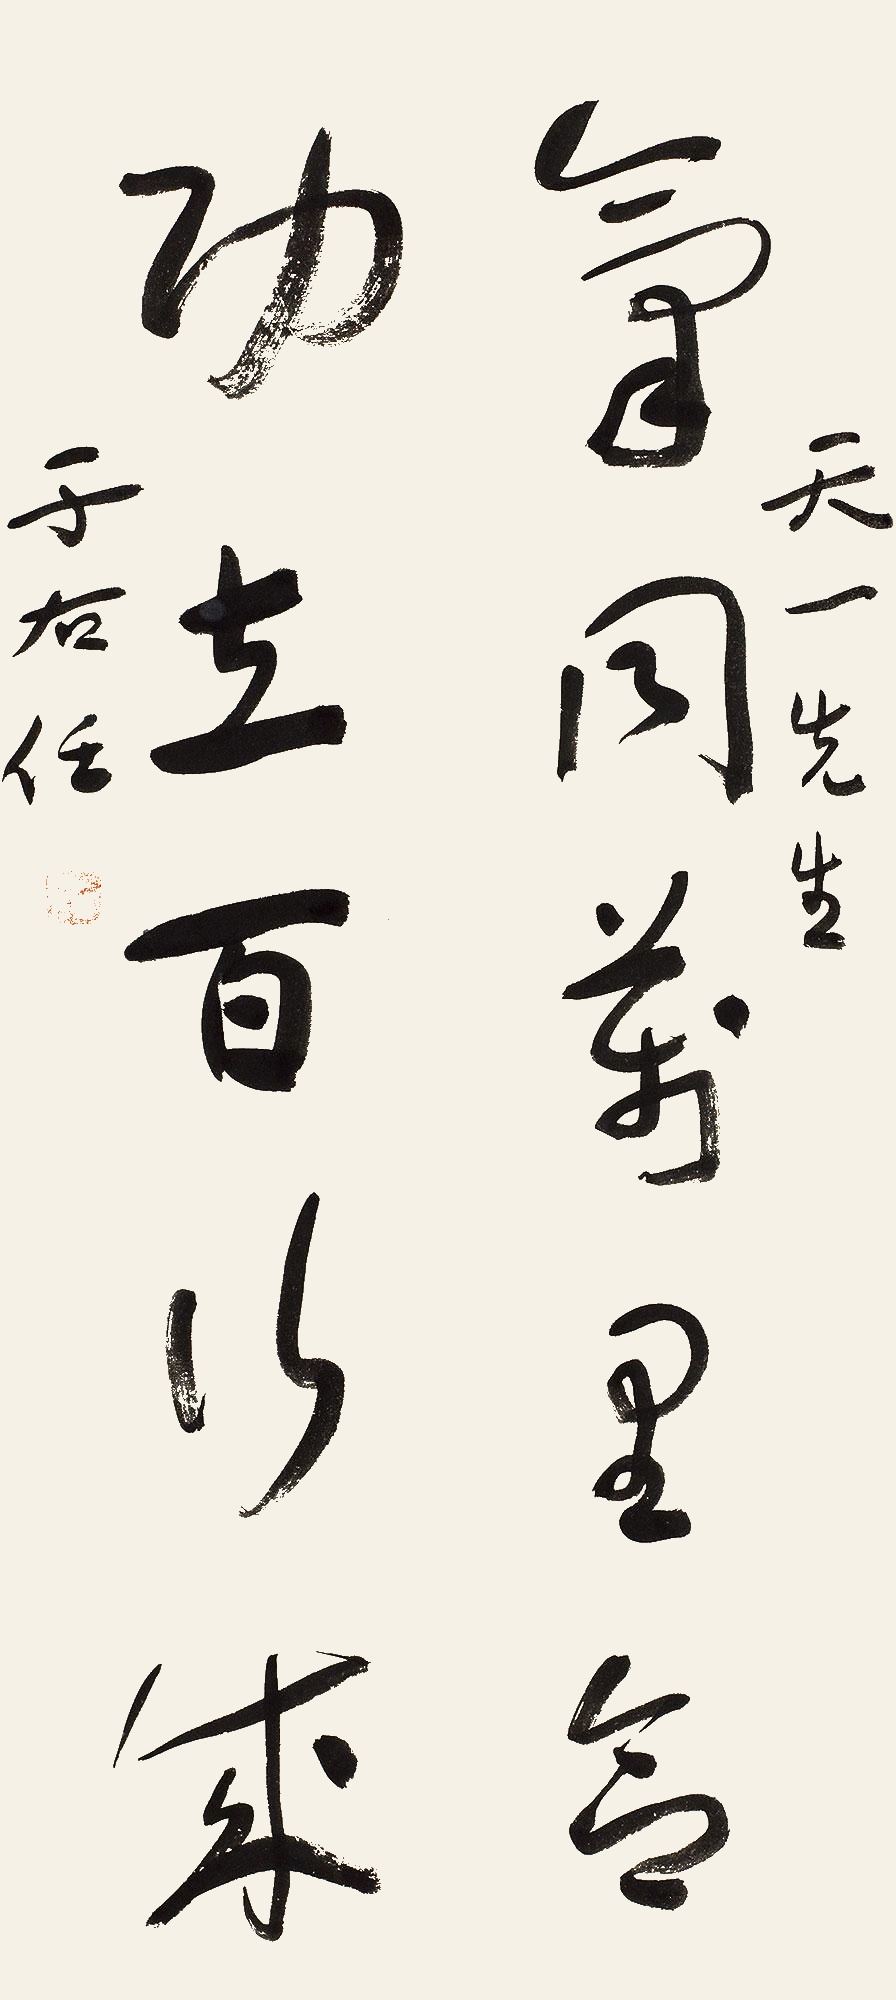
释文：气同万里合，功在百行成。天一先生。于右任。